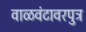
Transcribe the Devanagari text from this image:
वाळवंटावरपुत्र